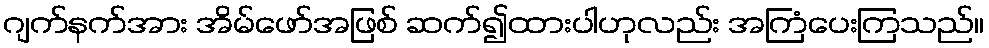
ဂျက်နက်အား အိမ်ဖော်အဖြစ် ဆက်၍ထားပါဟုလည်း အကြံပေးကြသည်။